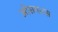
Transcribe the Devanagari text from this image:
ओसयारस